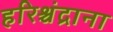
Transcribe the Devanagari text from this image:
हरिश्चंद्राना